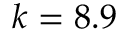
k = 8 . 9